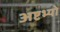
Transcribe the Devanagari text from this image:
अष्टभ्यो